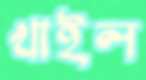
খাইল